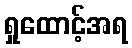
ရှုထောင့်အရ